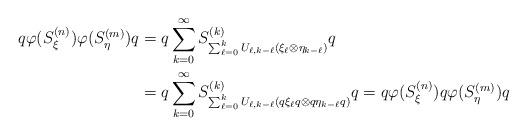
\begin{align*}q\varphi(S^{(n)}_{\xi}) \varphi(S^{(m)}_{\eta}) q &= q \sum^{\infty}_{k=0}S^{(k)}_{\sum^{k}_{\ell = 0}U_{\ell,k-\ell}(\xi_{\ell} \otimes \eta_{k-\ell})} q \\&= q \sum^{\infty}_{k=0}S^{(k)}_{\sum^{k}_{\ell = 0}U_{\ell,k-\ell}( q \xi_{\ell} q \otimes q \eta_{k-\ell}q)} q = q\varphi(S^{(n)}_{\xi}) q \varphi(S^{(m)}_{\eta}) q\end{align*}